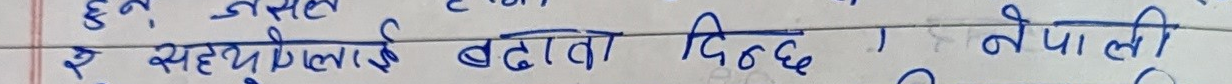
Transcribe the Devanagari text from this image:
हुन, जसलाई
र सहयोगिलाई बढवा दिन्छ । नेपाली